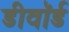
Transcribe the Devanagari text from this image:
डीवॉर्ड